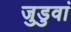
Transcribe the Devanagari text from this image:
जुडुवां